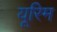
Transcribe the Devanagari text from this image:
यूरिम